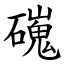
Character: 䃬